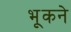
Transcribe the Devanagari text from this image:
भूकने